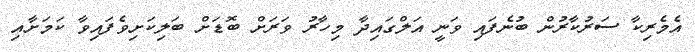
އެމެރިކާ ސަރުކާރުން ބުނެފައި ވަނީ އަލްގައިދާ މިހާރު ވަރަށް ބޮޑަށް ބަލިކަށިވެފައިވާ ކަމަށާއި